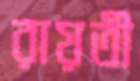
রায়তী